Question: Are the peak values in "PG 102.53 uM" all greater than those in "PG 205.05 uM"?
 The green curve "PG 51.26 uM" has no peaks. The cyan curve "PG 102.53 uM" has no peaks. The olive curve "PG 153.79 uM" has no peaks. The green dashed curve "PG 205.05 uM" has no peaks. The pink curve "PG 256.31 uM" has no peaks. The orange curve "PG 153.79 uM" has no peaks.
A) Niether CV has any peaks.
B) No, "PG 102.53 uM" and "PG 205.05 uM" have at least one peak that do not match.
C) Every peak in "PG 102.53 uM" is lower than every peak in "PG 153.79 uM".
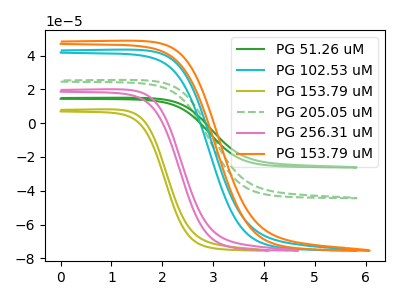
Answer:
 <answer>A) Niether CV has any peaks.</answer>
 <eval>A</eval>